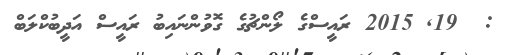
:  19